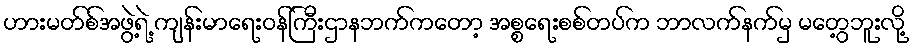
ဟားမတ်စ်အဖွဲ့ရဲ့ ကျန်းမာရေးဝန်ကြီးဌာနဘက်ကတော့ အစ္စရေးစစ်တပ်က ဘာလက်နက်မှ မတွေ့ဘူးလို့